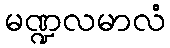
မဏ္ဍလမာလံ